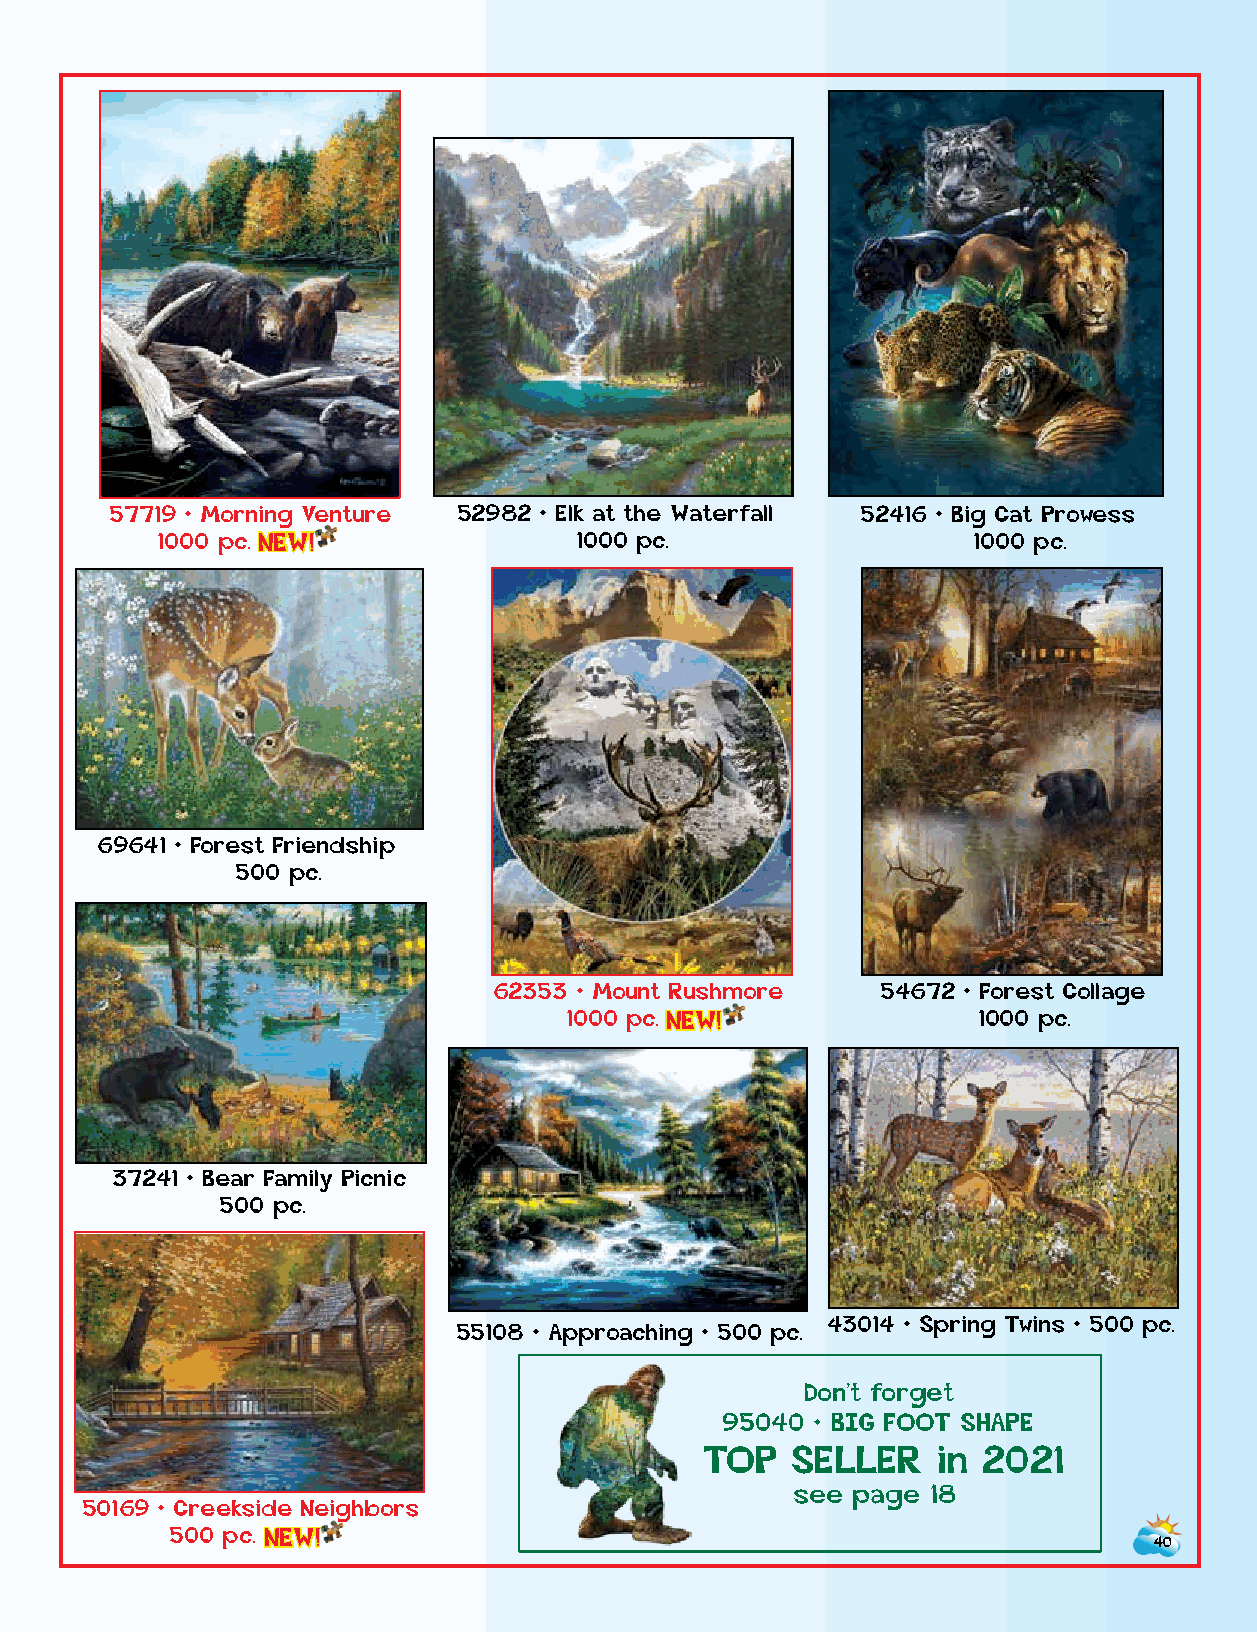
57719 • Morning Venture 52982 • Elk at the Waterfall 52416 • Big Cat Prowess
 1000 p c . NEW!            1000 pc.                   1000 pc.
 44720 • Quiet Forest • 1000 pc.
 69641 • Forest Friendship
 500 pc.
 62353 • Mount Rushmore   54672 • Forest Collage
 1000 p c . NEW!            1000 pc.
 37241 • Bear Family Picnic
 500 pc.
 43014 • Spring Twins • 500 pc.
 55108 • Approaching • 500 pc.
 Don’t forget
 95040 • BIG FOOT SHAPE
 TOP  SELLER    in 2021
 see page 18
 50169 • Creekside Neighbors
 500 p c . NEW!
 40